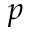
p